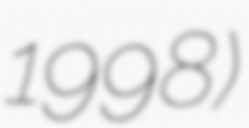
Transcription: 1998)